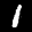
Label: 1